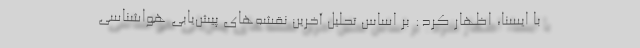
با ایسنا، اظهار کرد: بر اساس تحلیل آخرین نقشه‌های پیش‌یابی هواشناسی